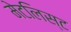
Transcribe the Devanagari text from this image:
मेटलिस्ट